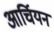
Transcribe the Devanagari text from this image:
आर्चियन